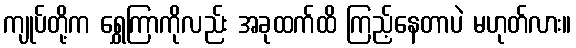
ကျုပ်တို့က ရွှေကြာကိုလည်း အခုထက်ထိ ကြည့်နေတာပဲ မဟုတ်လား။